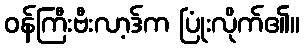
ဝန်ကြီးဗီးလာ့ဒ်က ပြုံးလိုက်၏။